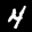
Digit: 4